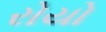
રોયો